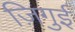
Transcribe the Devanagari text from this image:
ज़िगुई